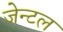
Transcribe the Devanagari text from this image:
जेन्टल